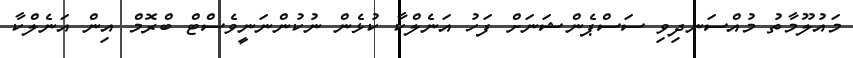
މައުލޫމާތު މުއްސަނދިވި ސަސްޕެންޝަނަށް ފަހު އަނެލްކާ ކުޅެން ނުކުންނަނީވެސްޓް ބްރޮމް އިން އަނެލްކާ